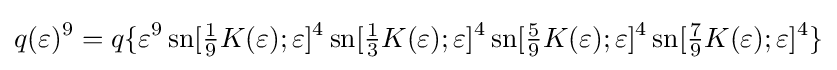
q(\varepsilon )^{9}=q\{\varepsilon ^{9}\operatorname {sn} [{\tfrac {1}{9}}K(\varepsilon );\varepsilon ]^{4}\operatorname {sn} [{\tfrac {1}{3}}K(\varepsilon );\varepsilon ]^{4}\operatorname {sn} [{\tfrac {5}{9}}K(\varepsilon );\varepsilon ]^{4}\operatorname {sn} [{\tfrac {7}{9}}K(\varepsilon );\varepsilon ]^{4}\}